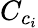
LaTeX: C_{c_{i}}